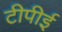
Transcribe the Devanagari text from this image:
टीपीई